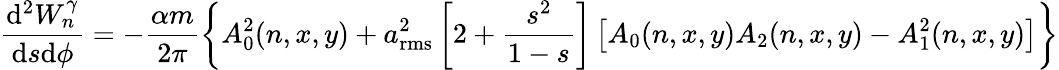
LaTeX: \frac{\mathrm{d}^{2}W_{n}^{\gamma}}{\mathrm{d}s\mathrm{d}\phi}=-\frac{\alpha m}{2\pi}\left\{ A_{0}^{2}(n,x,y)+a_{\mathrm{rms}}^{2}\left[2+\frac{s^{2}}{1-s}\right]\left[A_{0}(n,x,y)A_{2}(n,x,y)-A_{1}^{2}(n,x,y)\right]\right\}